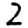
Digit: 2